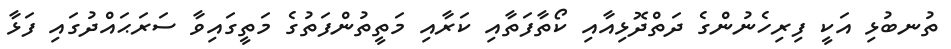
ތުނބުޅި އަކީ ފިރިހެނުންގެ ދަތްދޮޅިއާއި ކޯތާފަތާއި ކަރާއި މަތީތުންފަތުގެ މަތީގައިވާ ސަރަޙައްދުގައި ފަޅާ